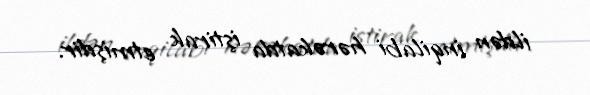
ildən inqilabi hərəkatda iştirak etmişdir.